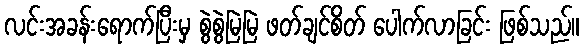
လင်းအခန်းရောက်ပြီးမှ စွဲစွဲမြဲမြဲ ဖတ်ချင်စိတ် ပေါက်လာခြင်း ဖြစ်သည်။